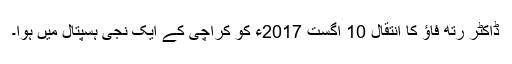
ڈاکٹر رتھ فاؤ کا انتقال 10 اگست 2017ء کو کراچی کے ایک نجی ہسپتال میں ہوا۔